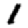
Digit: 1